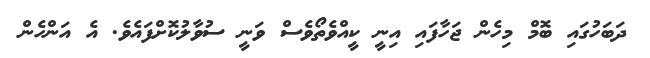
ދަބަހުގައި ބޮމް މިހެން ޖަހާފައި އިނީ ކީއްވެތޯވެސް ވަނީ ސުވާލުކޮށްފައެވެ. އެ އަންހެން